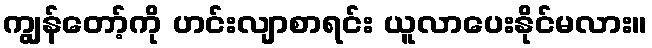
ကျွန်တော့်ကို ဟင်းလျာစာရင်း ယူလာပေးနိုင်မလား။